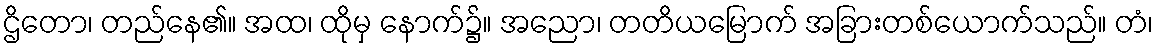
ဌိတော၊ တည်နေ၏။ အထ၊ ထိုမှ နောက်၌။ အညော၊ တတိယမြောက် အခြားတစ်ယောက်သည်။ တံ၊